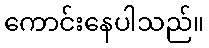
ကောင်းနေပါသည်။